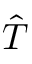
\hat { T }